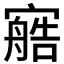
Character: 𰍟